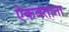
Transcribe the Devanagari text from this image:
ऐकवताना